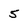
Character: 5